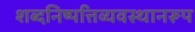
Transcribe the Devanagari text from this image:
शब्दनिष्पत्तिव्यवस्थानरूप